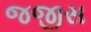
જજીસ